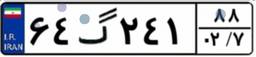
۳۸گ۳۳۶۶۷